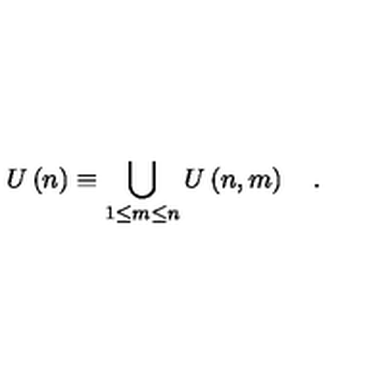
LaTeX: U \left( n \right) \equiv \bigcup _ { 1 \le m \le n } U \left( n , m \right) \quad .